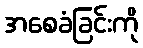
အစေခံခြင်းကို